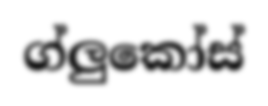
ග්ලුකෝස්